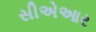
સીએઆર